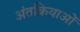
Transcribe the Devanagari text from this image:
अंतक्रियाओं